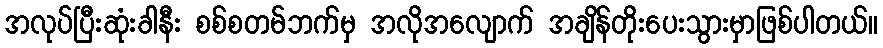
အလုပ်ပြီးဆုံးခါနီး စစ်စတမ်ဘက်မှ အလိုအလျောက် အချိန်တိုးပေးသွားမှာဖြစ်ပါတယ်။